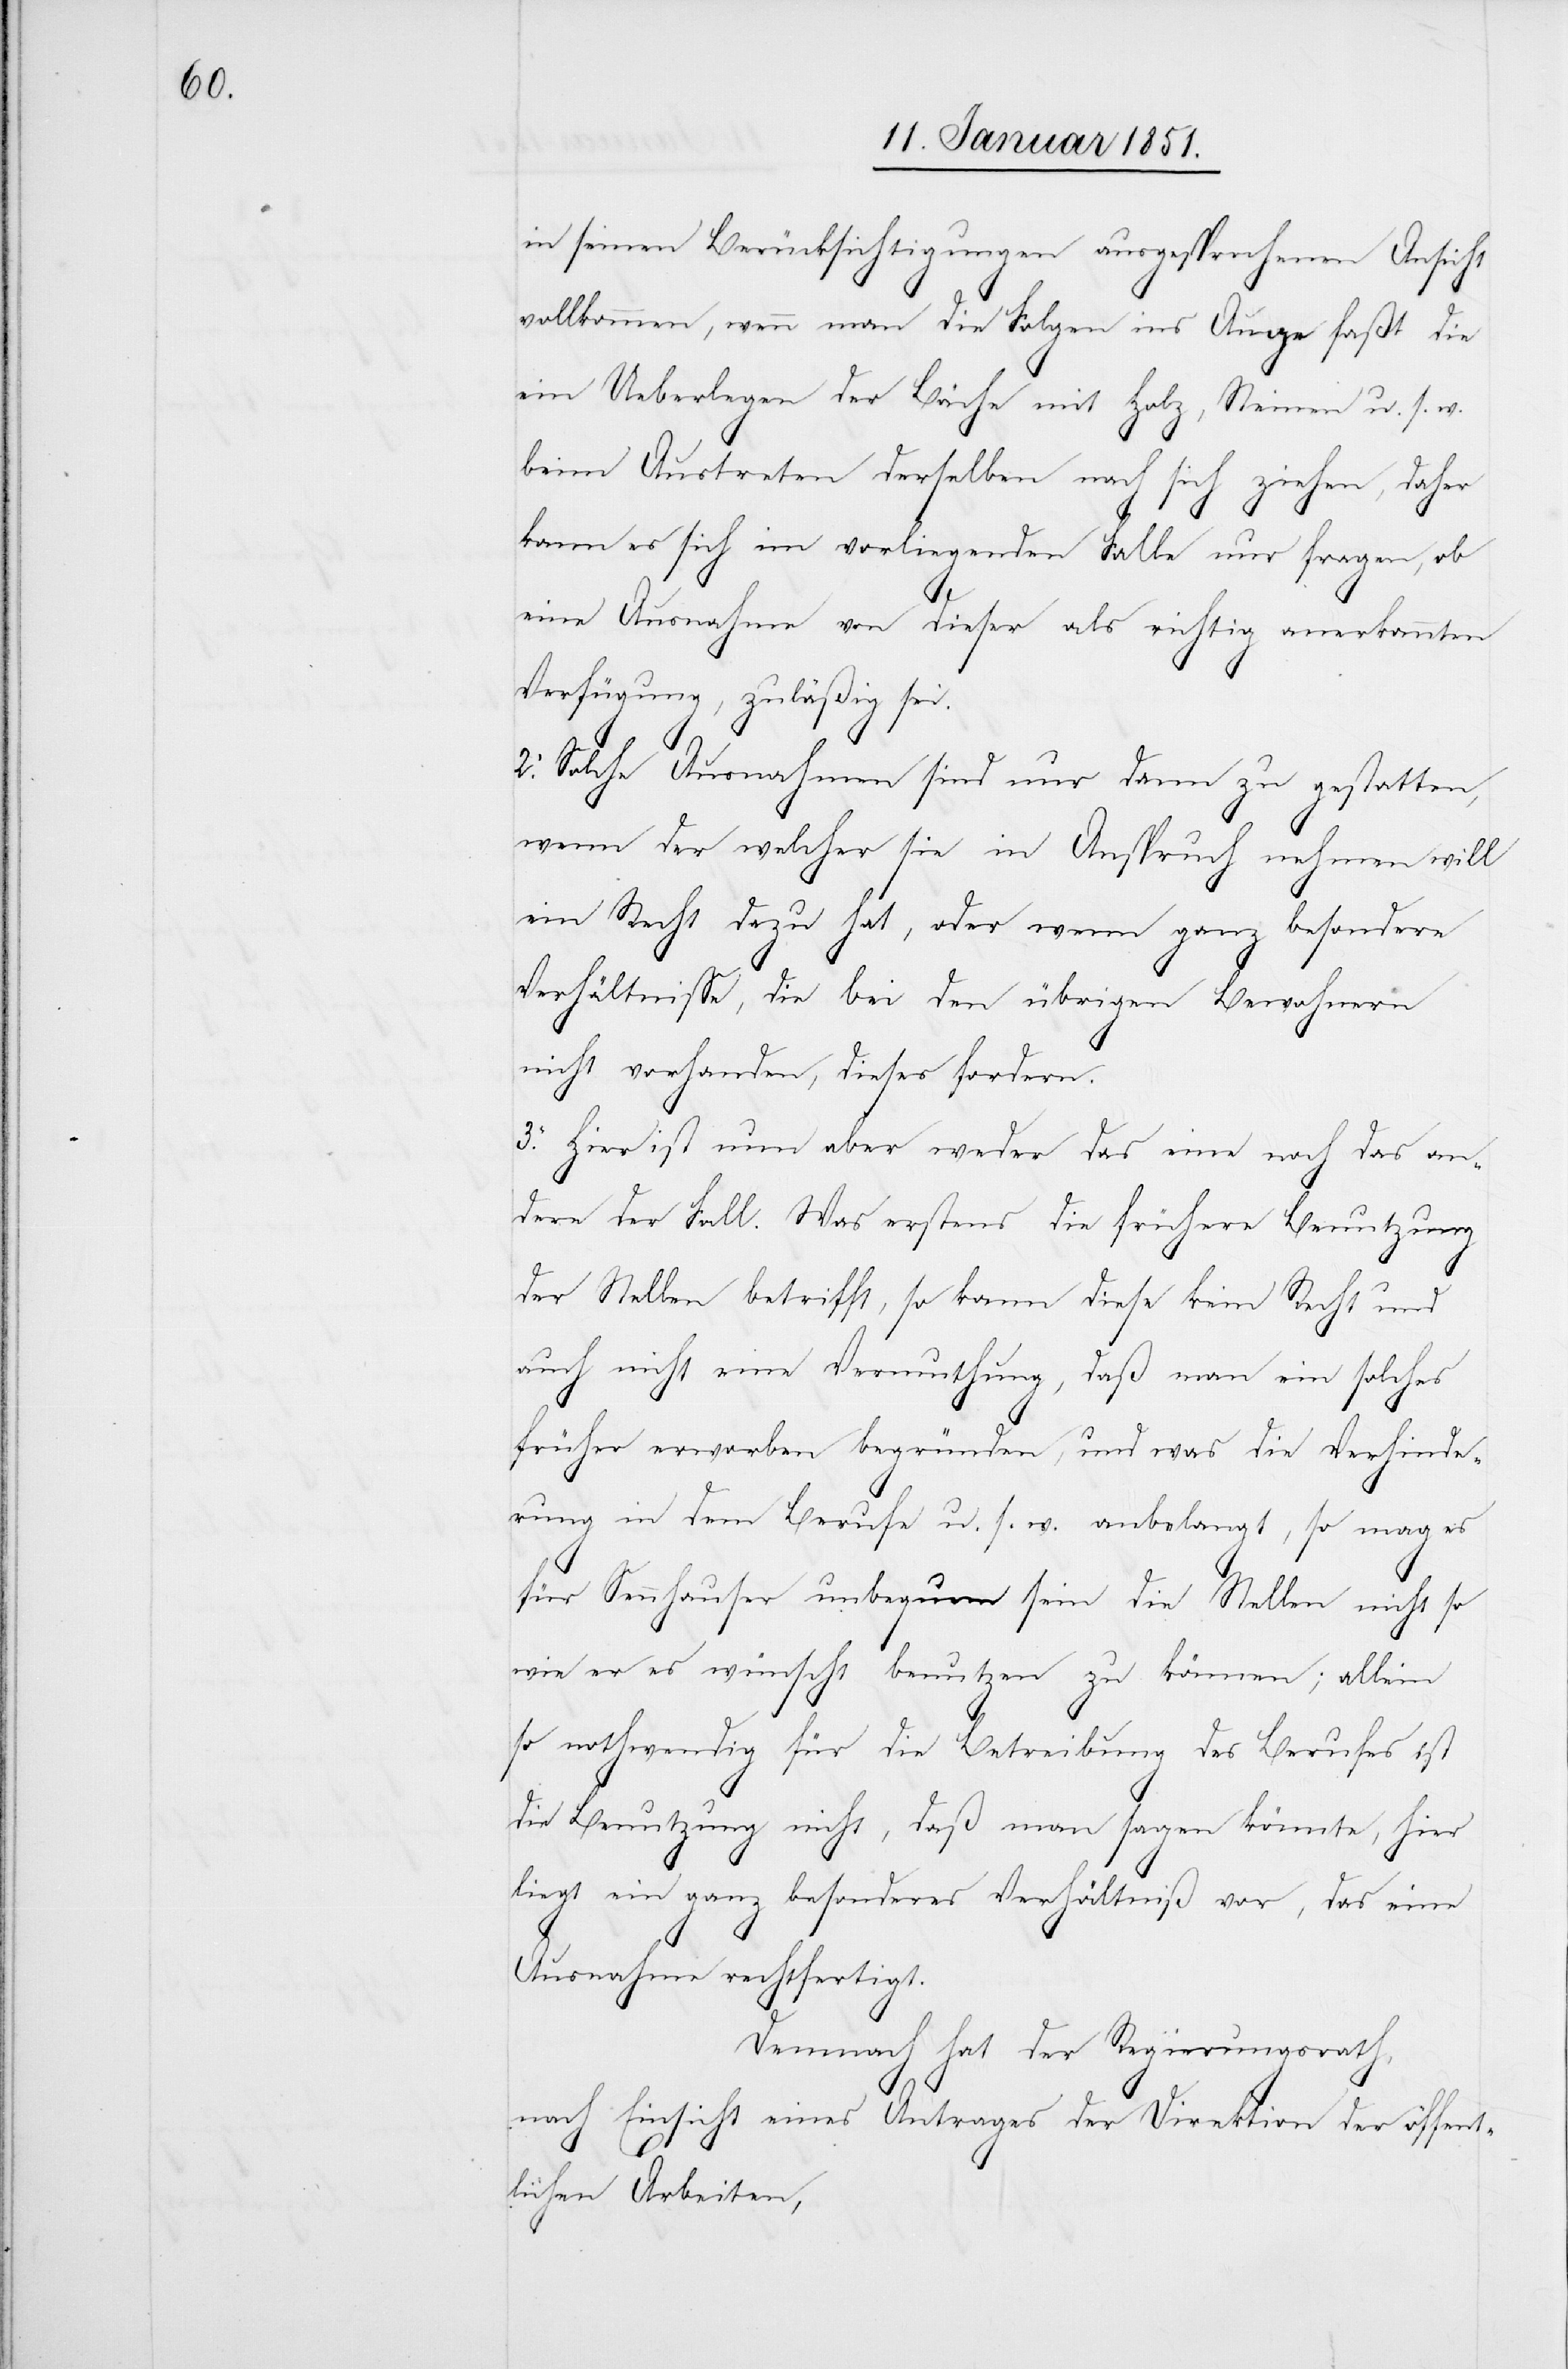
in seinen Berücksichtigungen ausgesprochenen Ansicht
vollkommen, wenn man die Folgen ins Auge faßt die
ein Ueberlegen der Bäche mit Holz, Steinen u. s. w.
beim Austreten derselben nach sich ziehen, daher
kann es sich im vorliegenden Falle nur fragen, ob
eine Ausnahme von dieser als richtig anerkannten
Verfügung, zuläßig sei.
2. Solche Ausnahmen sind nur dann zu gestatten,
wenn der welcher sie in Anspruch nehmen will
ein Recht dazu hat, oder wenn ganz besondere
Verhältnisse, die bei den übrigen Bewohnern
nicht vorhanden, dieses fordern.
3. Hier ist nun aber weder das eine noch das an¬
dere der Fall. Was erstens die frühere Benutzung
der Stellen betrifft, so kann diese kein Recht und
auch nicht eine Vermuthung, daß man ein solches
früher erworben begründen, und was die Verhinde¬
rung in dem Berufe u. s. w. anbelangt, so mag es
für Sennhauser unbequem sein die Stellen nicht so
wie er es wünscht benutzen zu können; allein
so nothwendig für die Betreibung des Berufes ist
die Benutzung nicht, daß man sagen könnte, hier
liegt ein ganz besonderes Verhältniß vor, das eine
Ausnahme rechtfertigt.
Demnach hat der Regierungsrath,
nach Einsicht eines Antrages der Direktion der öffent¬
lichen Arbeiten,